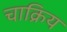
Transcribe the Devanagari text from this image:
चाक्रिय